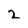
Character: 2